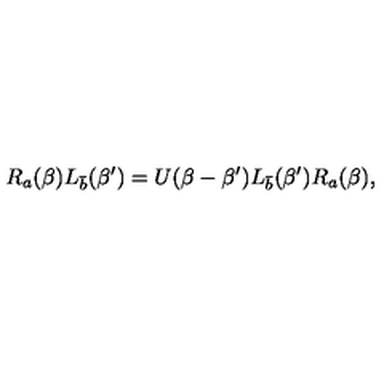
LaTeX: R _ { a } ( \beta ) L _ { \bar { b } } ( \beta ^ { \prime } ) = U ( \beta - \beta ^ { \prime } ) L _ { \bar { b } } ( \beta ^ { \prime } ) R _ { a } ( \beta ) ,